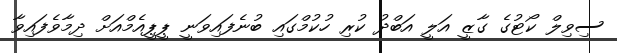
ސިވިލް ކޯޓުގެ ގާޒީ އަލީ އަބްދު ކުރި ހުކުމްގައި ބުނެފައިވަނީ ޕީޕީއެމްއަށް ދިމާވެފައިވާ